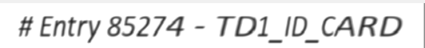
# Entry 85274 - TD1_ID_CARD